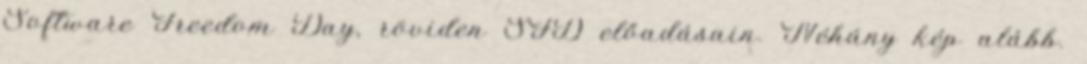
Software Freedom Day, röviden SFD előadásain. Néhány kép alább.